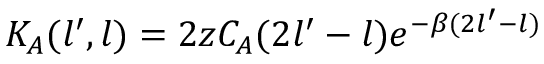
K _ { A } ( l ^ { \prime } , l ) = 2 z C _ { A } ( 2 l ^ { \prime } - l ) e ^ { - \beta ( 2 l ^ { \prime } - l ) }